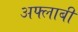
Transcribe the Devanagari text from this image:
अफ्लाबी